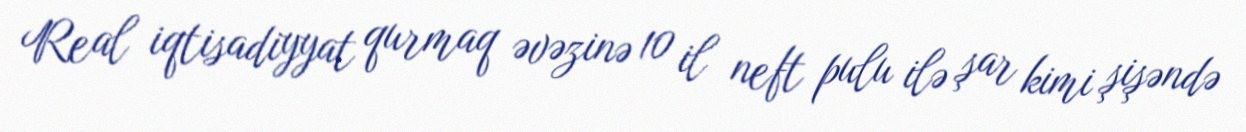
Real iqtisadiyyat qurmaq əvəzinə 10 il neft pulu ilə şar kimi şişəndə